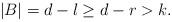
LaTeX: \begin{align*}|B| = d-l \ge d-r > k.\end{align*}